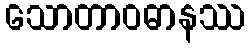
သောတာဝဓာနဿ